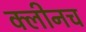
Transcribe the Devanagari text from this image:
क्लीनच